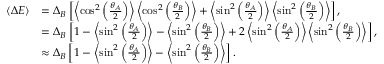
\begin{array} { r l } { \left\langle { \Delta E } \right\rangle } & { = \Delta _ { B } \left[ \left\langle { \cos ^ { 2 } \left( \frac { \theta _ { A } } { 2 } \right) } \right\rangle \left\langle { \cos ^ { 2 } \left( \frac { \theta _ { B } } { 2 } \right) } \right\rangle + \left\langle { \sin ^ { 2 } \left( \frac { \theta _ { A } } { 2 } \right) } \right\rangle \left\langle { \sin ^ { 2 } \left( \frac { \theta _ { B } } { 2 } \right) } \right\rangle \right] , } \\ & { = \Delta _ { B } \left[ 1 - \left\langle { \sin ^ { 2 } \left( \frac { \theta _ { A } } { 2 } \right) } \right\rangle - \left\langle { \sin ^ { 2 } \left( \frac { \theta _ { B } } { 2 } \right) } \right\rangle + 2 \left\langle { \sin ^ { 2 } \left( \frac { \theta _ { A } } { 2 } \right) } \right\rangle \left\langle { \sin ^ { 2 } \left( \frac { \theta _ { B } } { 2 } \right) } \right\rangle \right] , } \\ & { \approx \Delta _ { B } \left[ 1 - \left\langle { \sin ^ { 2 } \left( \frac { \theta _ { A } } { 2 } \right) } \right\rangle - \left\langle { \sin ^ { 2 } \left( \frac { \theta _ { B } } { 2 } \right) } \right\rangle \right] . } \end{array}